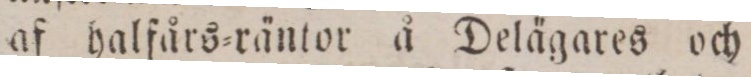
af halfårs=räntor å Delägares och